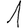
Digit: 1